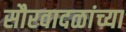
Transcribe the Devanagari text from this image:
सौरवादळांच्या